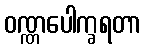
ဝဏ္ဏပေါက္ခရတာ